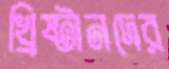
খ্রিষ্টানদের